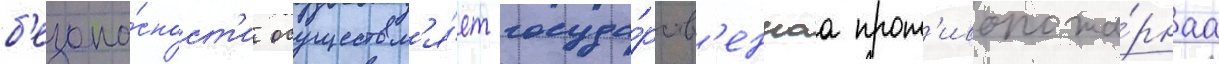
б'езопа́сност'и осуществл'я́ет госуда́рств'еннаа прот'ивопожа́рнаа